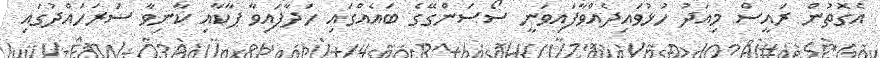
އެގޮތުން ރައީސް މިއަދު ހުޅުވައިދެއްވާފައިވަނީ ސޯސަންގޭގެ ބައެއްގައި ހަދާފައިވާ ޕާކާއި ކާނިވާ ސަރަހައްދުގައި